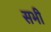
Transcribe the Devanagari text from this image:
सभी